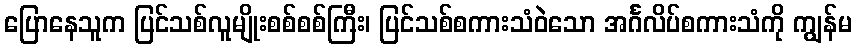
ပြောနေသူက ပြင်သစ်လူမျိုးစစ်စစ်ကြီး၊ ပြင်သစ်စကားသံဝဲသော အင်္ဂလိပ်စကားသံကို ကျွန်မ